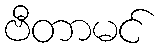
ဗီတာမင်